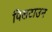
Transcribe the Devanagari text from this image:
पिलटाउन